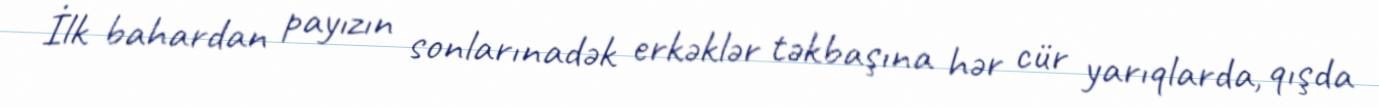
İlk bahardan payızın sonlarınadək erkəklər təkbaşına hər cür yarıqlarda, qışda